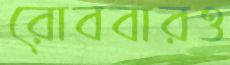
রোববারও